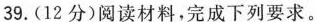
39.(12分)阅读材料，完成下列要求。